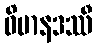
ဝိမာနဒဿီ